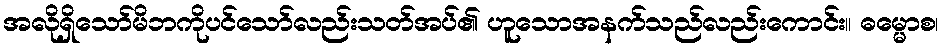
အလိုရှိသော်မိဘကိုပင်သော်လည်းသတ်အပ်၏ ဟူသောအနက်သည်လည်းကောင်း။ ဓမ္မောစ၊